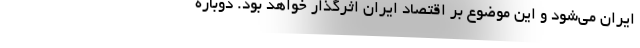
ایران می‌شود و این موضوع بر اقتصاد ایران اثرگذار خواهد بود. دوباره